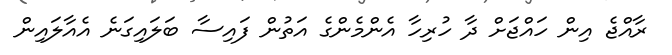
ރާއްޖެ އިން ހައްޖަށް ދާ ހުރިހާ އެންމެންގެ އަތުން ފައިސާ ބަލައިގަނެ އެއާލައިން